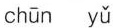
chūn yǔ